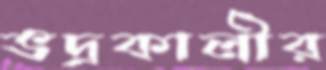
ভদ্রকালীর